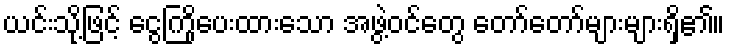
ယင်းသို့ဖြင့် ငွေကြိုပေးထားသော အဖွဲ့ဝင်တွေ တော်တော်များများရှိ၏။